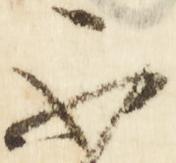
不